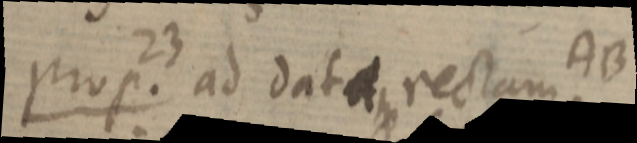
prop. 23 ad data rectam AB